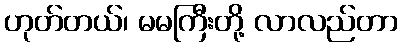
ဟုတ်တယ်၊ မမကြီးတို့ လာလည်တာ